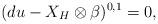
LaTeX: \begin{align*}(du - X_H \otimes \beta)^{0,1} = 0,\end{align*}